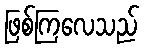
ဖြစ်ကြလေသည်